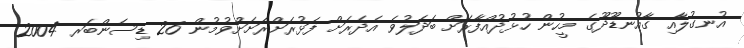
އުނގުލާއި ގާއުނޑޫދޫގެ މީހުން ހުޅުދުއްފާރަށް ބަދަލުވެ އެދެރަށް ފަޅުރަށްރަށަށްވުމުން 26 ޑިސެންބަރ 2004